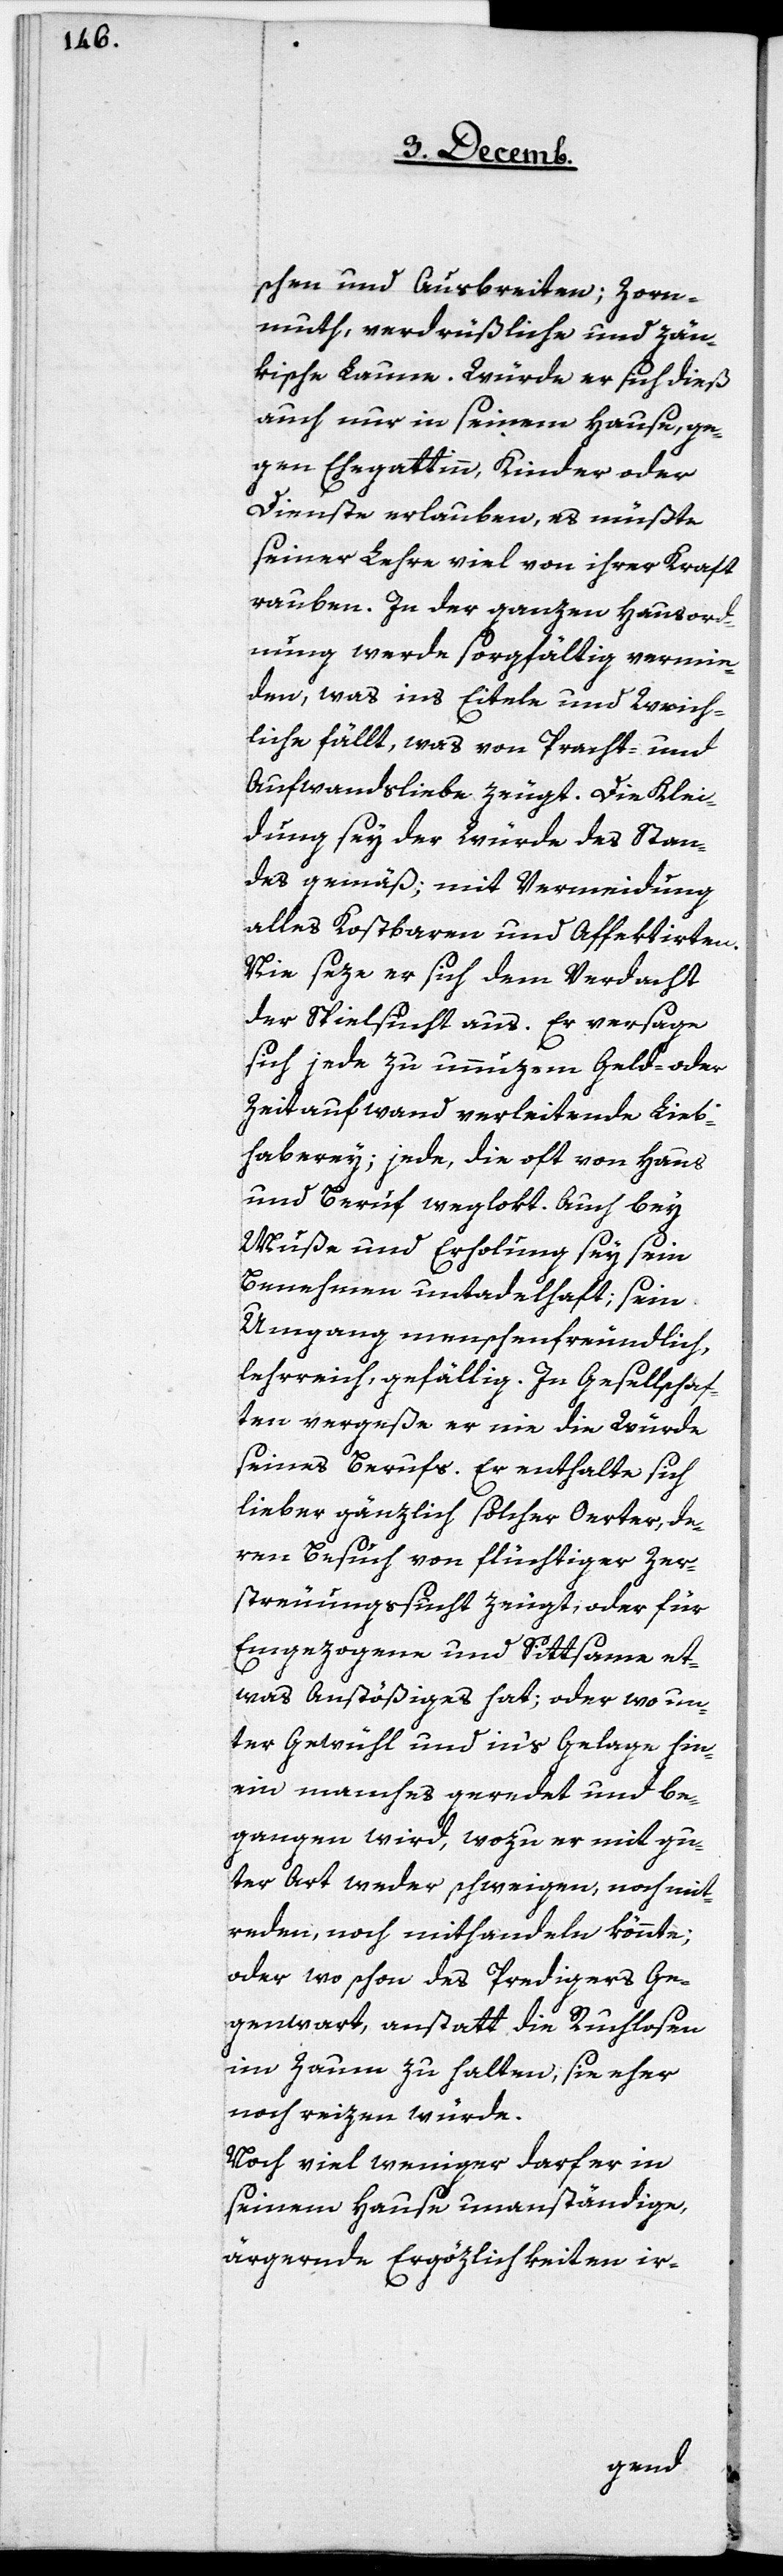
schen und Ausbreiten; Zorn¬
muth, verdrüßliche und zän¬
kische Laune. Würde er sich dieß
auch nur in seinem Hause, ge¬
gen Ehegattin, Kinder oder
Dienste erlauben, es müßte
seiner Lehre viel von ihrer Kraft
rauben. In der ganzen Hausord¬
nung werde sorgfältig vermie¬
den, was ins Eitele und Weich¬
liche fällt, was von Pracht- und
Aufwandsliebe zeugt. Die Klei¬
dung sey der Würde des Stan¬
des gemäß; mit Vermeidung
alles Kostbaren und Affektirten.
Nie seze er sich dem Verdacht
der Spielsucht aus. Er versage
sich jede zu unnüzem Geld- oder
Zeitaufwand verleitende Lieb¬
haberey; jede, die oft von Haus
und Beruf weglokt. Auch bey
Muße und Erholung sey sein
Benehmen untadelhaft; sein
Umgang menschenfreundlich,
lehrreich, gefällig. In Gesellschaf¬
ten vergeße er nie die Würde
seines Berufs. Er enthalte sich
lieber gänzlich solcher Oerter, de¬
ren Besuch von flüchtiger Zer¬
streuungssucht zeugt, oder für
Eingezogene und Sittsame et¬
was Anstößiges hat; oder wo un¬
ter Gewühl und in’s Gelage hin¬
ein manches geredet und be¬
gangen wird, wozu er mit gu¬
ter Art weder schweigen, noch mit¬
reden, noch mithandeln könnte;
oder wo schon des Predigers Ge¬
genwart, anstatt die Ruchlosen
im Zaum zu halten, sie eher
noch reizen würde.
Noch viel weniger darf er in
seinem Hause unanständige,
ärgernde Ergözlichkeiten ir-